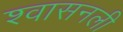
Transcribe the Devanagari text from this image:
श्‍वासनली